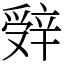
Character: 辤